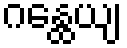
ဂန္ထေယျ